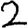
Digit: 2